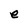
Character: e